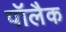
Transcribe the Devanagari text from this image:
पॉलैक